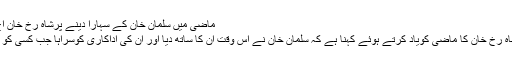
ماضی میں سلمان خان کے سہارا دینے پرشاہ رخ خان آج بھی آبدیدہ - iGreen
ممبئی: بالی ووڈ کنگ شاہ رخ خان کا ماضی کویاد کرتے ہوئے کہنا ہے کہ سلمان خان نے اُس وقت ان کا ساتھ دیا اور ان کی اداکاری کوسراہا جب کسی کو بھی ان پر یقین نہیں تھا۔